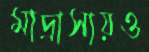
মাদ্রাসায়ও